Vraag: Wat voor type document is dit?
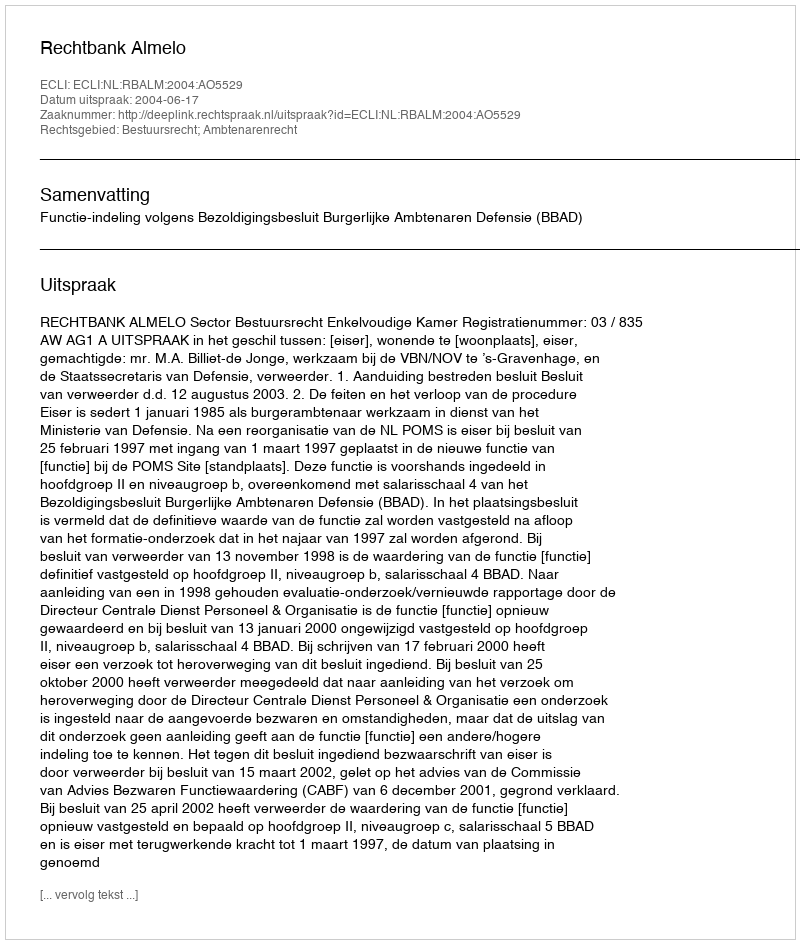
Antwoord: Uitspraak